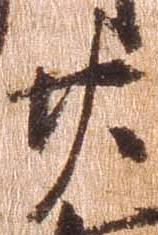
廿